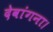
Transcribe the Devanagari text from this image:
देवांगना।